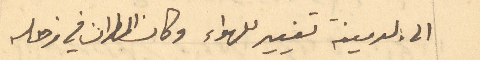
الى الدمينة تغيبر للهواء وكان المطران في زحله